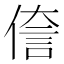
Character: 𫣄